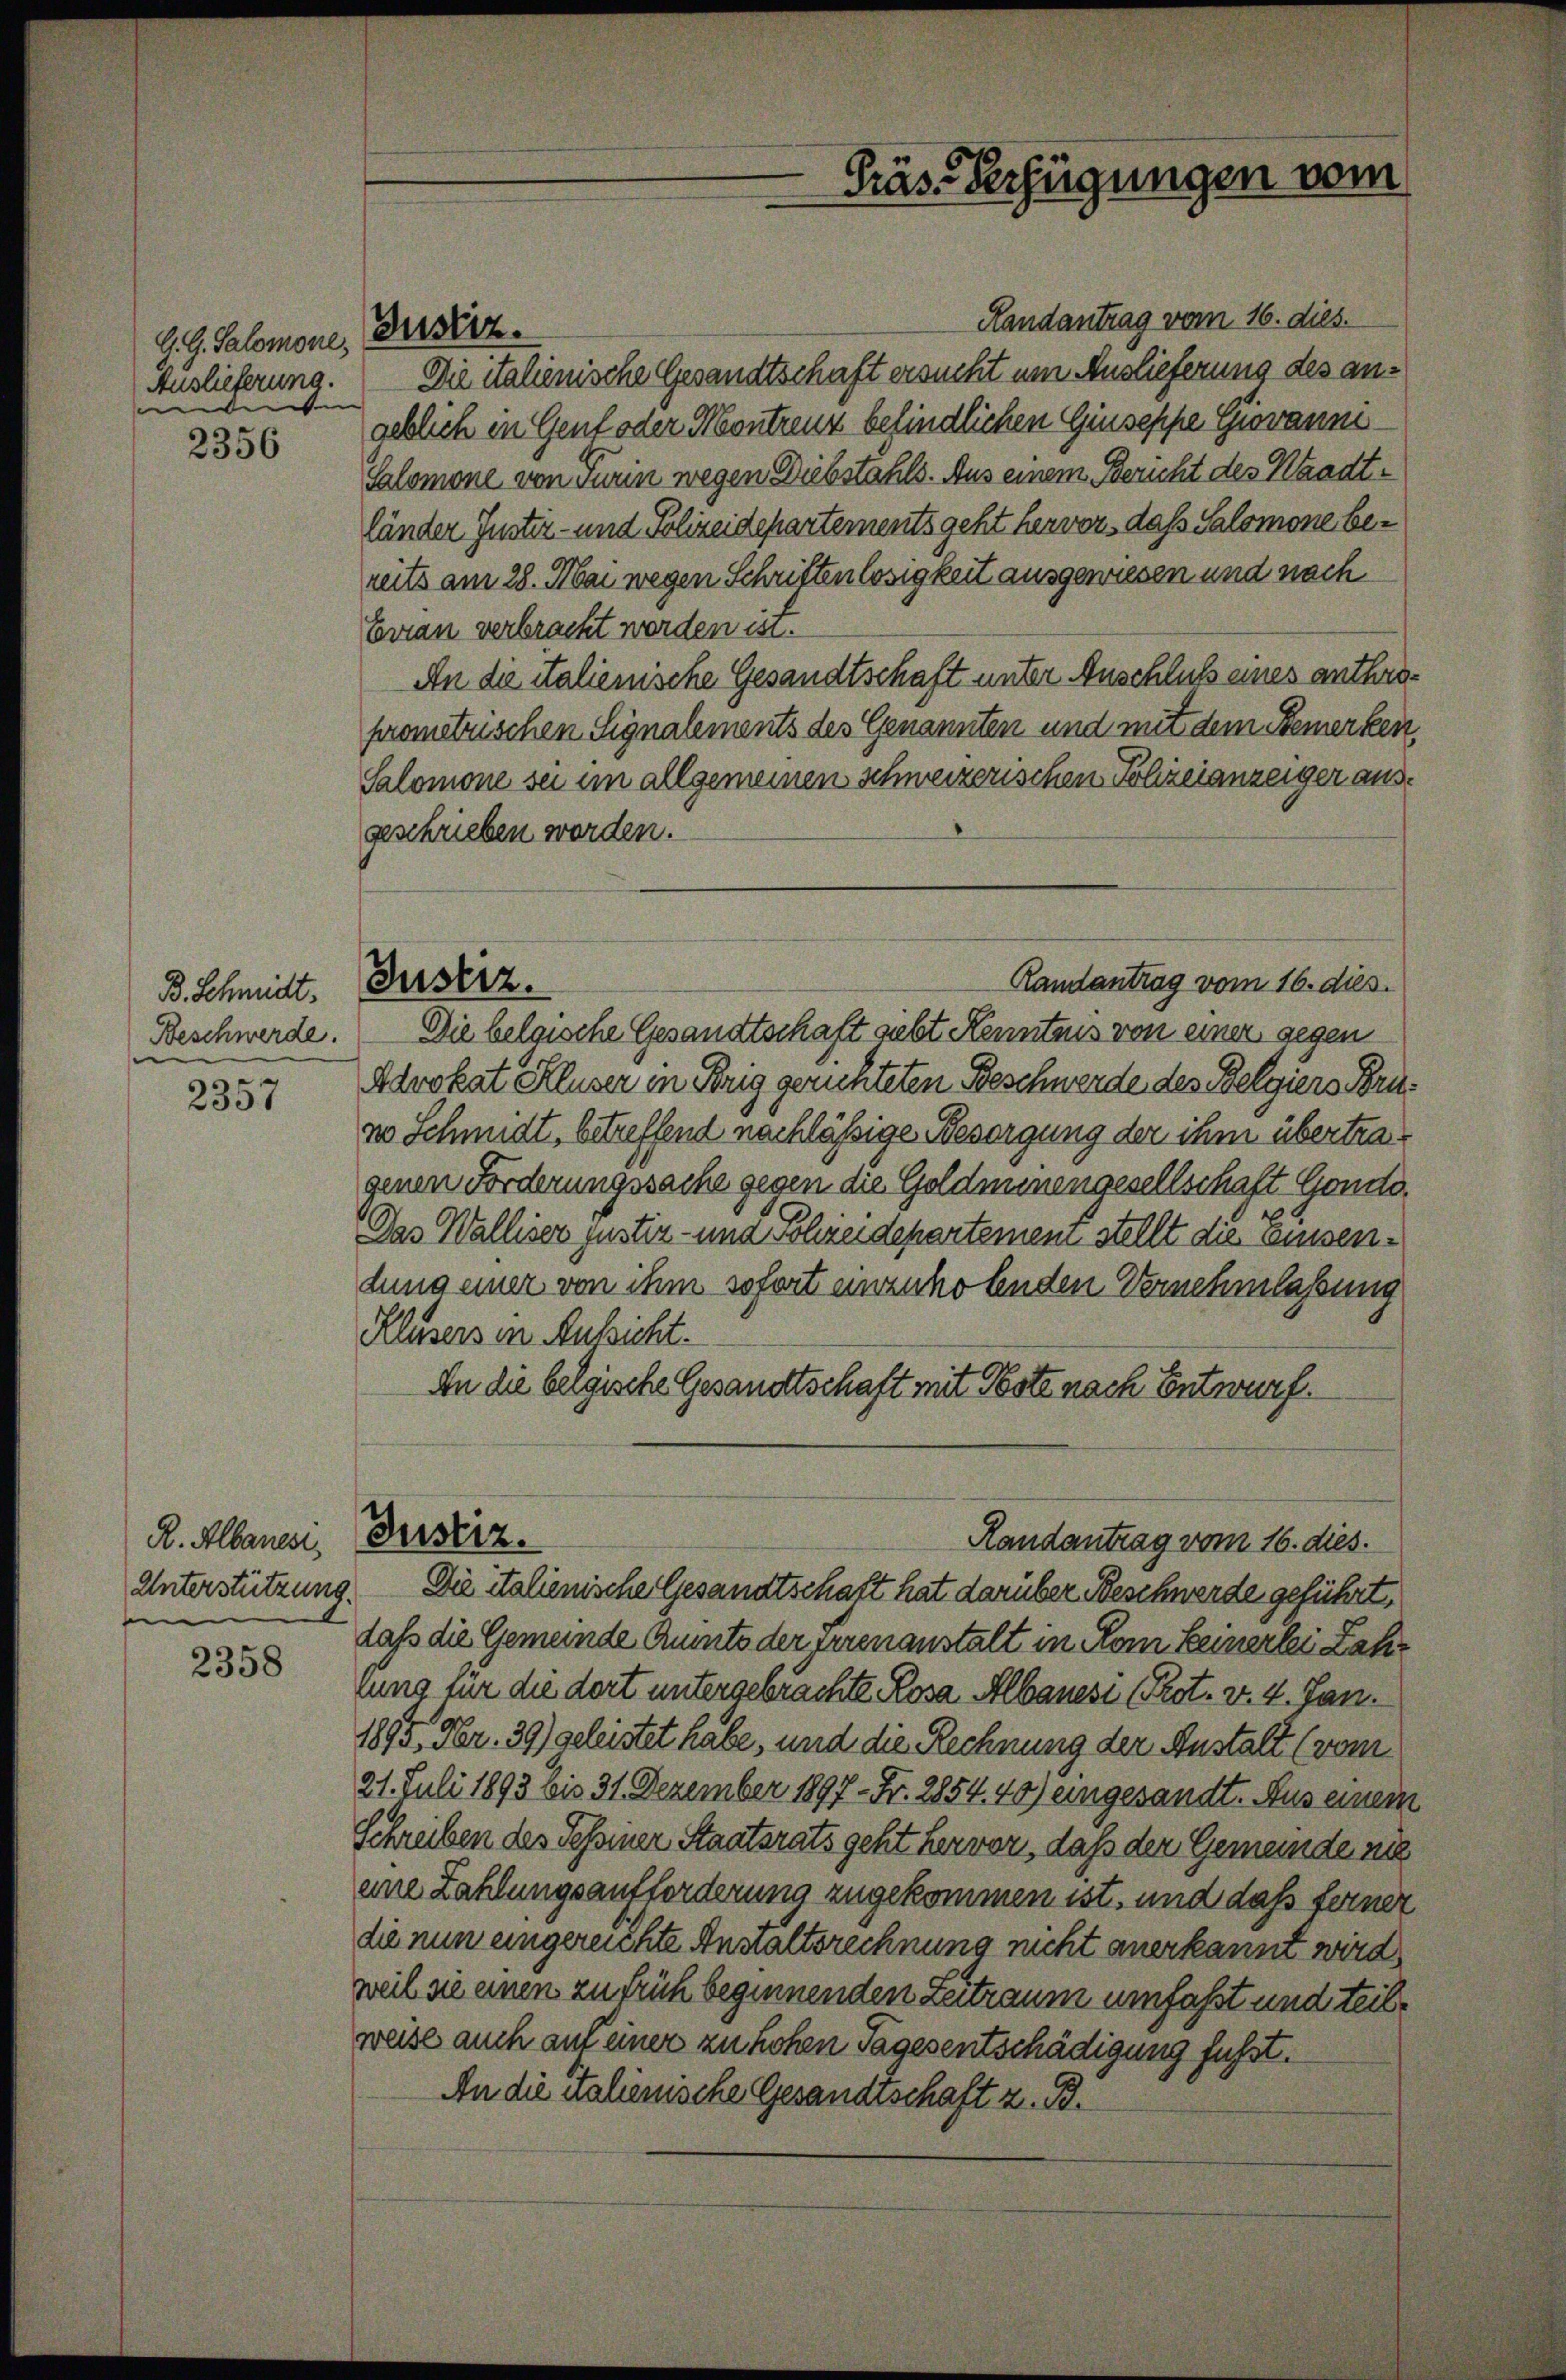
G. G. Salomone,
Auslieferung.
e

2356

B. Schmidt.
Beschwerde.

2357

R. Albanes,
e

2358

Handantrag vom 16. dies.
Die italienische Gesandtschaft ersucht um Auslieferung des angeblich in Gent oder Montreuz befindlichen Giuseppe Giovanni¬
Salomone von Turin wegen Diebstahls. Aus einem Bericht des Waadtländer Justiz- und Polizeidepartements geht hervor, daß Salomone bereits am 28. Mai wegen Schriftenlosigkeit ausgewiesen und nach
Erau verbracht werden ist.
An die Salienische Gesandtschaft unter Anschluß eines anthroprometrischen Signalements des Genannten und mit dem Bemerken,
Salomone sei im allgemeinen schweizerischen Polizeianzeiger ausgeschrieben worden.
Randantrag vom 16. dies.
Die belgische Gesandtschaft siebt Kenntnis von einer gegen
Advokat Kluser in Brig gerichteten Beschwerde des Belgiers Bruzo Schmidt, betreffend nachläßige Besorgung der ihm übertragenen Forderungssache gegen die Goldmünengesellschaft Gondo,
Das Walliser justiz- und Schreidepartemen stellt die Einsendung einer von ihm sofort einzuholenden Vernehmlassung
Klusers in Aussicht.
An die belgische Gesandtschaft mit Poste nach Entwurf.
Justiz.
Randantrag vom 16. dies.
Unterstützung. Die italienische Gesandtschaft hat darüber Beschwerde geführt,
daß die Gemeinde Guts der errenanstalt in Rom keinerlei Zahr
lung für die dort untergebrachte Rosa Albanesi (Prot. v. 4. Jan.
1895. Fr. 39) geleistet habe, und die Rechnung der Anstalt (vom
21. Juli 1893 bis 31. Dezember 1897 - Fr. 2854. 40) eingesandt. Aus einem
Schreiben des Tessiner Staatsrats geht hervor, daß der Gemeinde nie
eine Zahlungsaufforderung zugekommen ist, und daß ferner
die nun eingereichte Anstaltsrechnung nicht anerkannt wird,
weil sie einen zu früh beginnenden Zeitraum umfaßt und teilweise auch auf einer zu hohen Tagesentschädigung führt.
An die talienische Gesandtschaft z. B.

Justiz.

Justiz.

Präs. Verfügungen vom